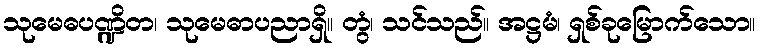
သုမေဓပဏ္ဍိတ၊ သုမေဓာပညာရှိ။ တွံ၊ သင်သည်။ အဋ္ဌမံ၊ ရှစ်ခုမြောက်သော။